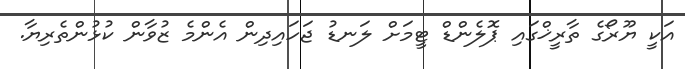
އަކީ ޔޫރޯގެ ތާރީޚްގައި ޕޮލެންޑް ޓީމަށް ލަނޑު ޖަހައިދިން އެންމެ ޒުވާން ކުޅުންތެރިޔާ.